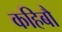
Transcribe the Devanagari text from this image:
कहिबौ